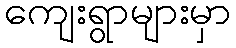
ကျေးရွာများမှာ